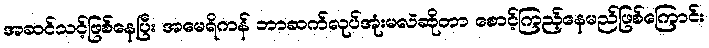
အဆင်သင့်ဖြစ်နေပြီး အမေရိကန် ဘာဆက်လုပ်အုံးမလဲဆိုတာ စောင့်ကြည့်နေမည်ဖြစ်ကြောင်း